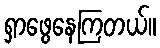
ရှာဖွေနေကြတယ်။